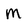
Character: m